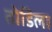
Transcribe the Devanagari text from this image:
तोडिला